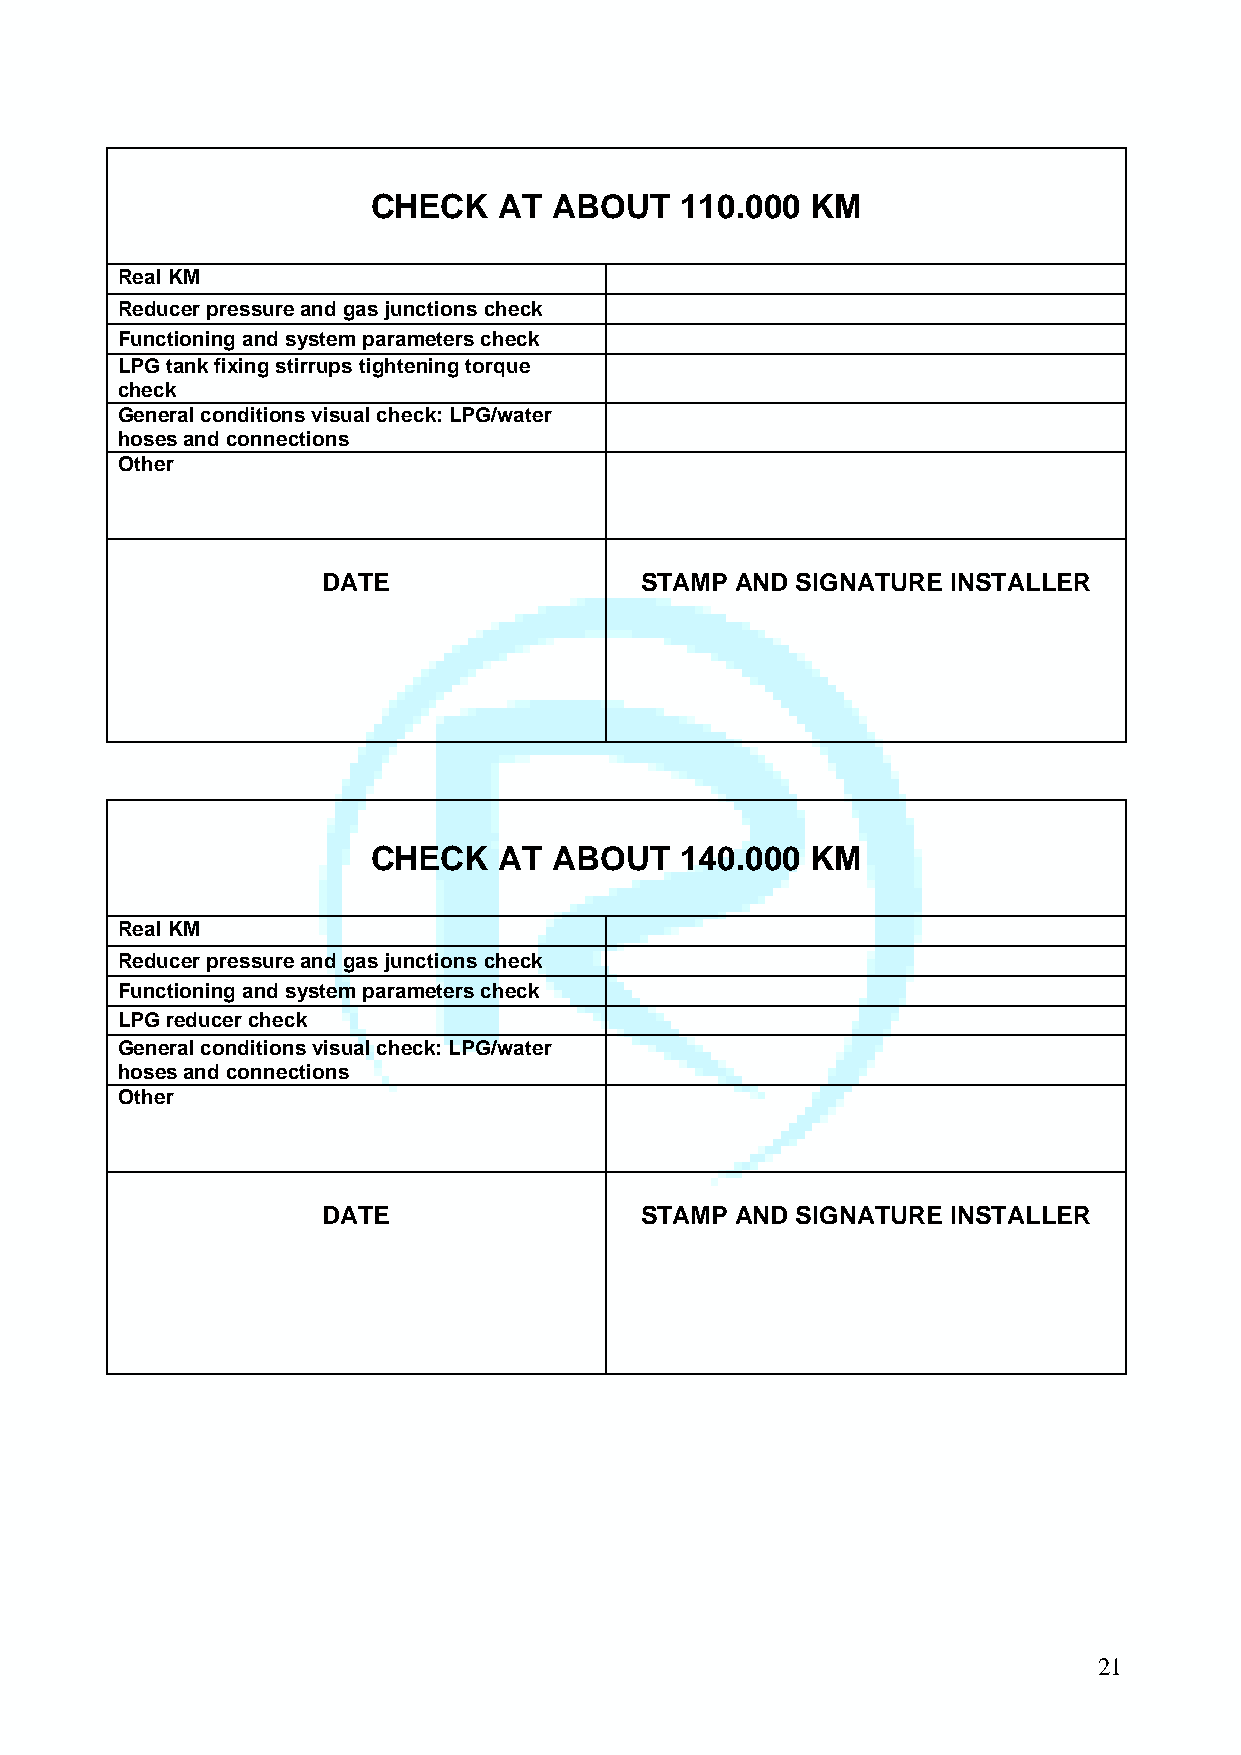
CHECK   AT  ABOUT   110.000  KM
 Real KM
 Reducer pressure and gas junctions check
 Functioning and system parameters check
 LPG tank fixing stirrups tightening torque
 check
 General conditions visual check: LPG/water
 hoses and connections
 Other
 DATE                 STAMP  AND SIGNATURE INSTALLER
 CHECK   AT  ABOUT   140.000  KM
 Real KM
 Reducer pressure and gas junctions check
 Functioning and system parameters check
 LPG reducer check
 General conditions visual check: LPG/water
 hoses and connections
 Other
 DATE                 STAMP  AND SIGNATURE INSTALLER
 21